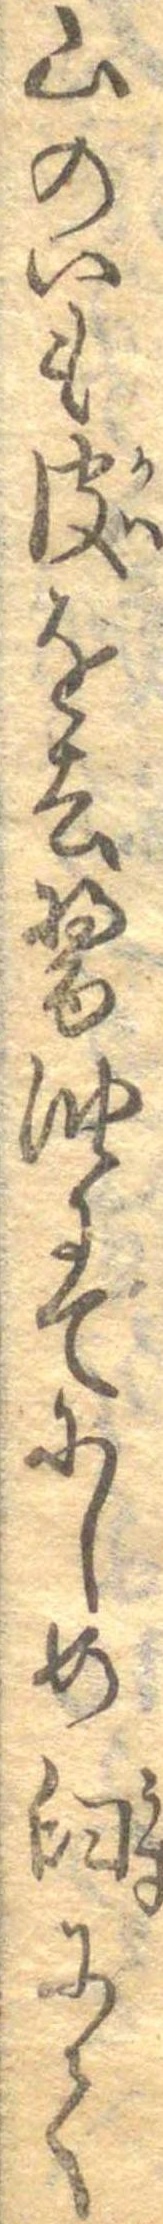
山のいも皮を去醤油にてにしめ臼にて